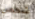
شخص